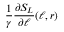
\frac { 1 } { \gamma } \frac { \partial S _ { L } } { \partial \ell } ( \ell , r )